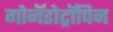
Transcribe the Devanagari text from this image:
गोनॅडोट्रॉपिन